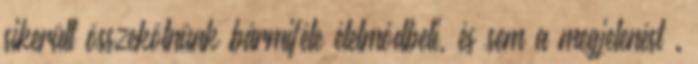
sikerült összekötnünk bármiféle életmódbeli, és sem a megjelenést .